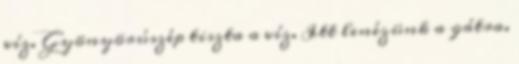
víz. Gyönyörúszép tiszta a víz. Itt lenézünk a gátra.